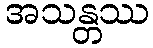
အသန္တဿ